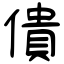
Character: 僓